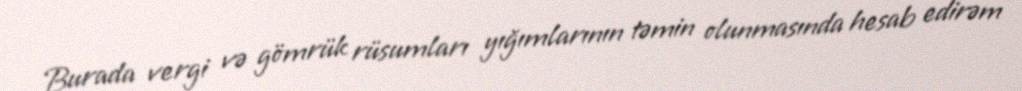
Burada vergi və gömrük rüsumları yığımlarının təmin olunmasında hesab edirəm